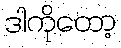
ဒါကိုတော့